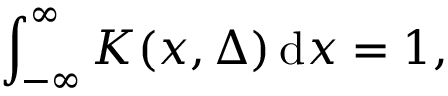
\int _ { - \infty } ^ { \infty } K ( x , \Delta ) \, \mathrm { d } x = 1 ,